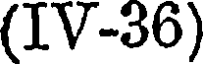
(IV-36)